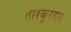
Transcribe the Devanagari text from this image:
ताश्कुरग़न